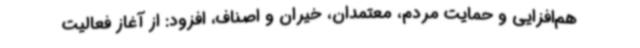
هم‌افزایی و حمایت مردم، معتمدان، خیران و اصناف، افزود: از آغاز فعالیت